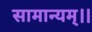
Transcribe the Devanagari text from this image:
सामान्यम्।।